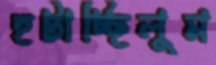
হটাচ্ছিলুম